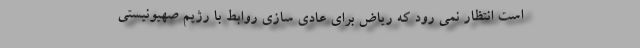
است انتظار نمی رود که ریاض برای عادی سازی روابط با رژیم صهیونیستی